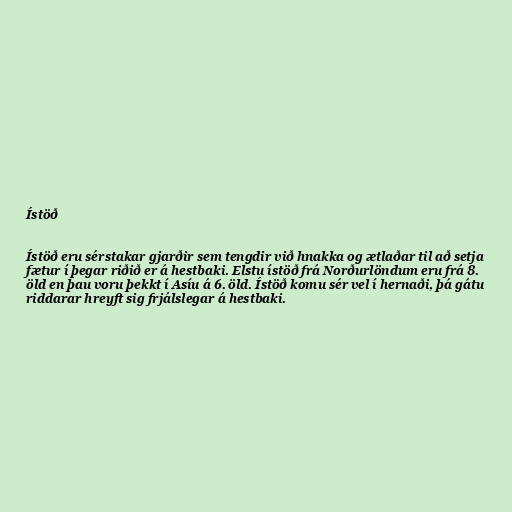
Ístöð

Ístöð eru sérstakar gjarðir sem tengdir við hnakka og ætlaðar til að setja
fætur í þegar riðið er á hestbaki. Elstu ístöð frá Norðurlöndum eru frá 8.
öld en þau voru þekkt í Asíu á 6. öld. Ístöð komu sér vel í hernaði, þá gátu
riddarar hreyft sig frjálslegar á hestbaki.